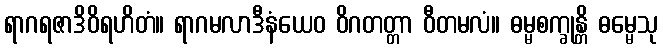
ရာဂရဇာဒိဝိရဟိတံ။ ရာဂမလာဒီနံယေဝ ဝိဂတတ္တာ ဝီတမလံ။ ဓမ္မစက္ခုန္တိ ဓမ္မေသု